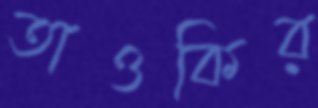
তাওকির